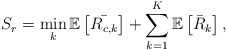
\begin{align*} S_r=\min_{k}\mathbb{E}\left[\bar{R_{c,k}}\right]+\sum_{k=1}^K \mathbb{E}\left[\bar{R}_k\right],\end{align*}